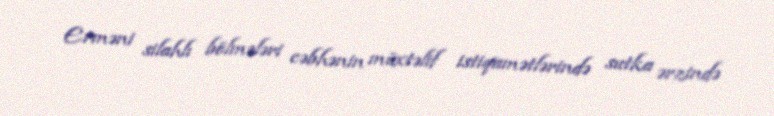
Erməni silahlı bölmələri cəbhənin müxtəlif istiqamətlərində sutka ərzində